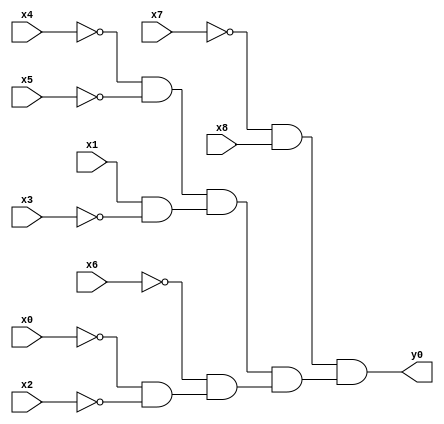
module top( x0 , x1 , x2 , x3 , x4 , x5 , x6 , x7 , x8 , y0 );
  input x0 , x1 , x2 , x3 , x4 , x5 , x6 , x7 , x8 ;
  output y0 ;
  wire n10 , n11 , n12 , n13 , n14 , n15 , n16 , n17 ;
  assign n10 = ~x7 & x8 ;
  assign n11 = ~x4 & ~x5 ;
  assign n12 = x1 & ~x3 ;
  assign n13 = n11 & n12 ;
  assign n14 = ~x0 & ~x2 ;
  assign n15 = ~x6 & n14 ;
  assign n16 = n13 & n15 ;
  assign n17 = n10 & n16 ;
  assign y0 = n17 ;
endmodule